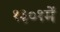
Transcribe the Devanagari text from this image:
१३०१में